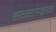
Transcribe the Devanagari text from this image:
शतकादरम्यानचा